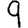
Digit: 9